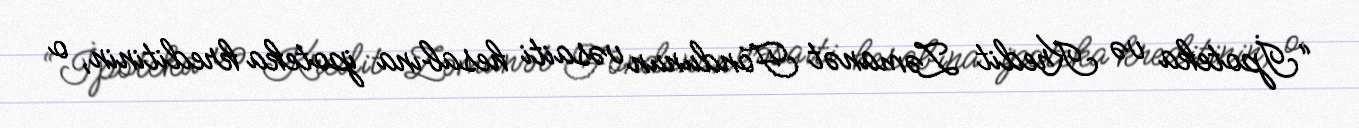
“İpoteka və Kredit Zəmanət Fondunun vəsaiti hesabına ipoteka kreditinin, o